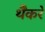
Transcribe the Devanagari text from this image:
थैैकरे